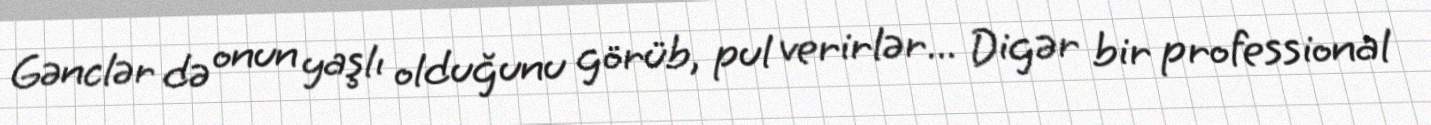
Gənclər də onun yaşlı olduğunu görüb, pul verirlər... Digər bir professional